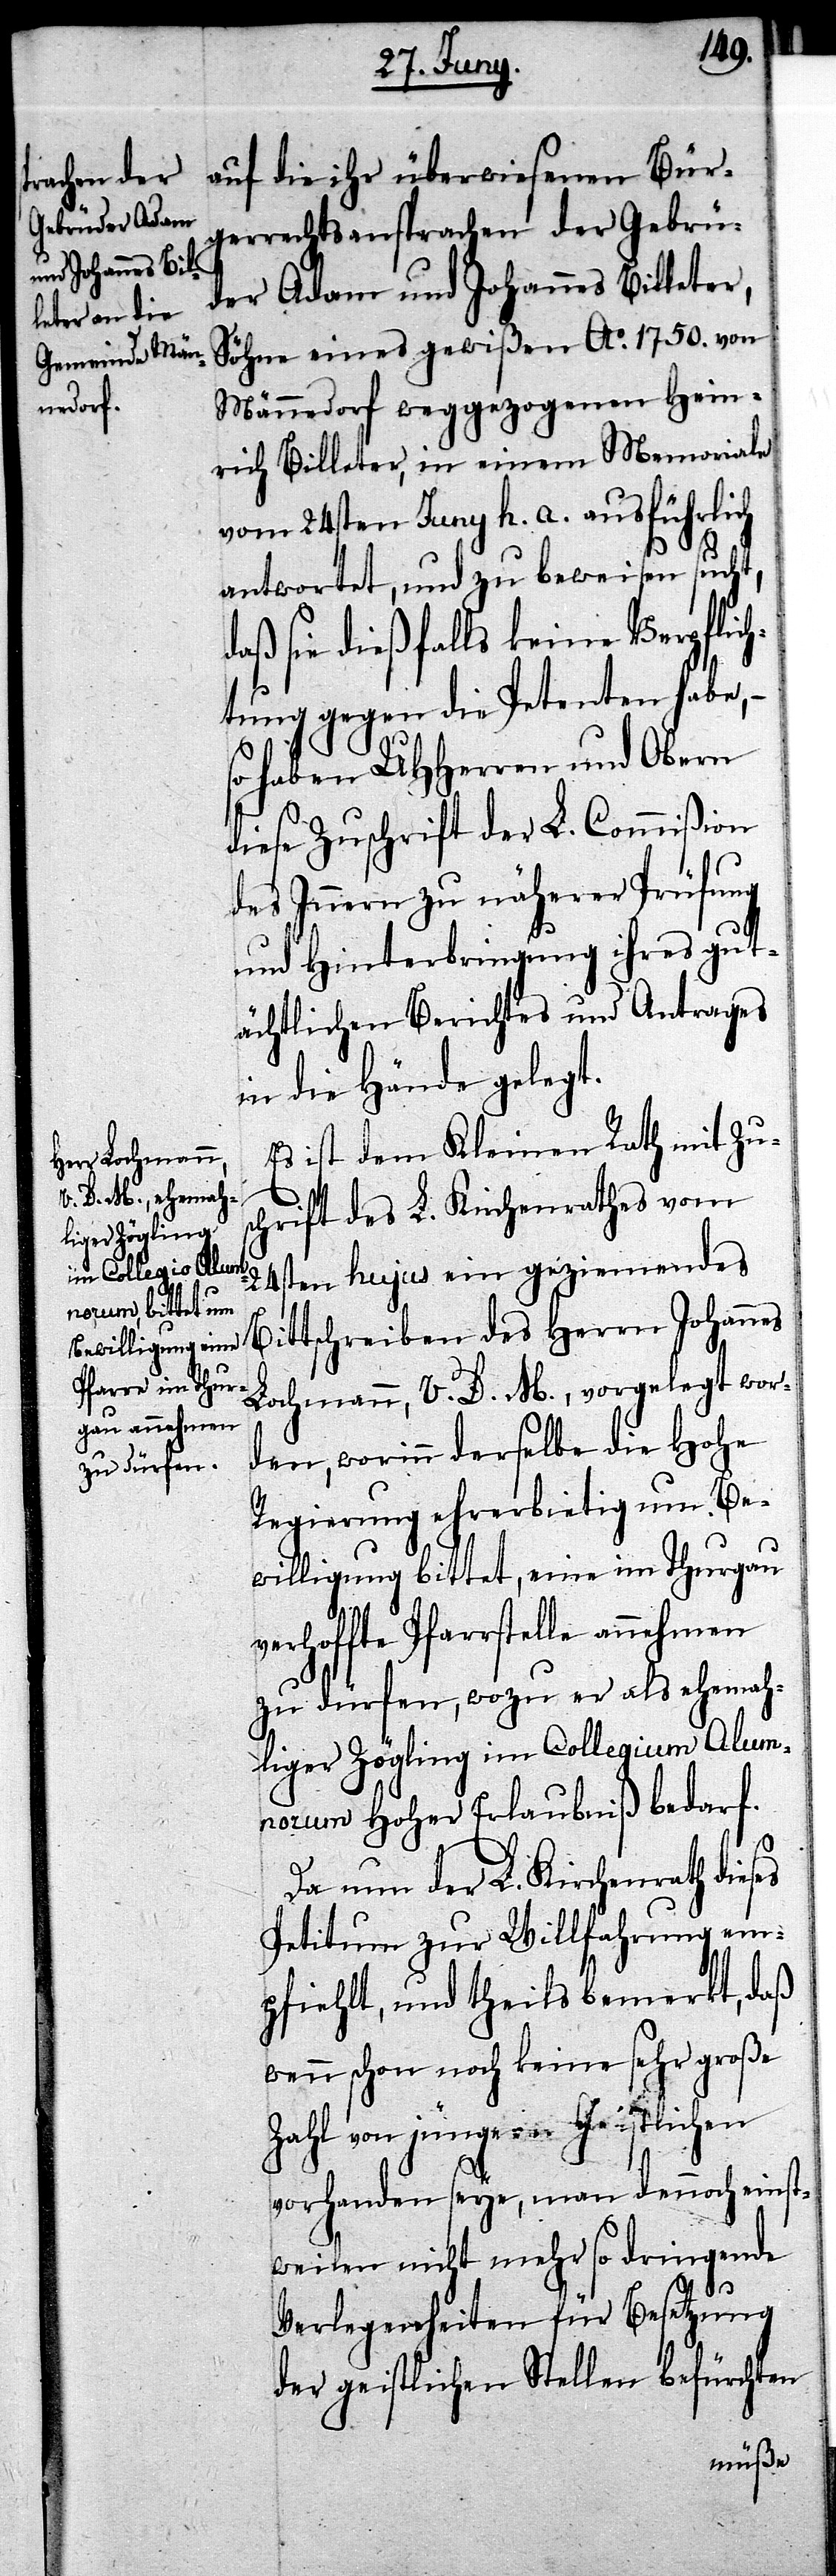
auf die ihr überwiesenen Bür¬
gerrechtsansprachen der Gebrü¬
der Adam und Johannes Billeter,
Söhne eines gewißen Ao. 1750. von
Männedorf weggezogenen Hein¬
rich Billeter, in einem Memoriale
vom 24sten Juny h. a. ausführlich
antwortet, und zu beweisen sucht,
daß sie dießfalls keine Verpflich¬
tung gegen die Petenten habe,
so haben UHHerren und Obern
diese Zuschrift der L. Commißion
des Innern zu näherer Prüfung
und Hinterbringung ihres gut¬
ächtlichen Berichtes und Antrages
in die Hände gelegt.
Es ist dem Kleinen Rath mit Zus¬
chrift des L. Kirchenrathes vom
24sten hujus ein geziemendes
Bittschreiben des Herrn Johannes
Lochmann, V. D. M., vorgelegt wor¬
den, worinn derselbe die Hohe
Regierung ehrerbietig um Be¬
willigung bittet, eine im Thurgau
verhoffte Pfarrstelle annehmen
zu dürfen, wozu er als ehemah¬
liger Zögling im Collegium Alum¬
norum Hoher Erlaubniß bedarf.
Da nun der L. Kirchenrath dieses
Petitum zur Willfahrung em¬
pfiehlt, und theils bemerkt, daß
wenn schon noch keine sehr große
Zahl von jüngeren Geistlichen
vorhanden seye, man dennoch einst¬
weilen nicht mehr so dringende
Verlegenheiten für Besetzung
der geistlichen Stellen befürchten